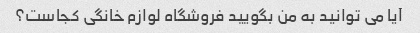
آیا می توانید به من بگویید فروشگاه لوازم خانگی کجاست؟